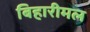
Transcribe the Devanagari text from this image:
बिहारीमल